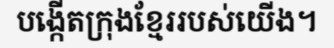
បង្កើតក្រុងខ្មែររបស់យើង។